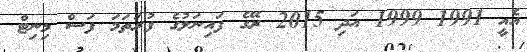
އެއީ 1991 1999 އަދި 2015 ރޭގެ ފައިނަލުގެ ފުރަތަމަ ފަސް މިނިޓް